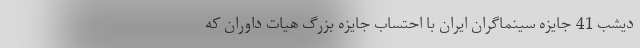
دیشب 41 جایزه سینماگران ایران با احتساب جایزه بزرگ هیات داوران که